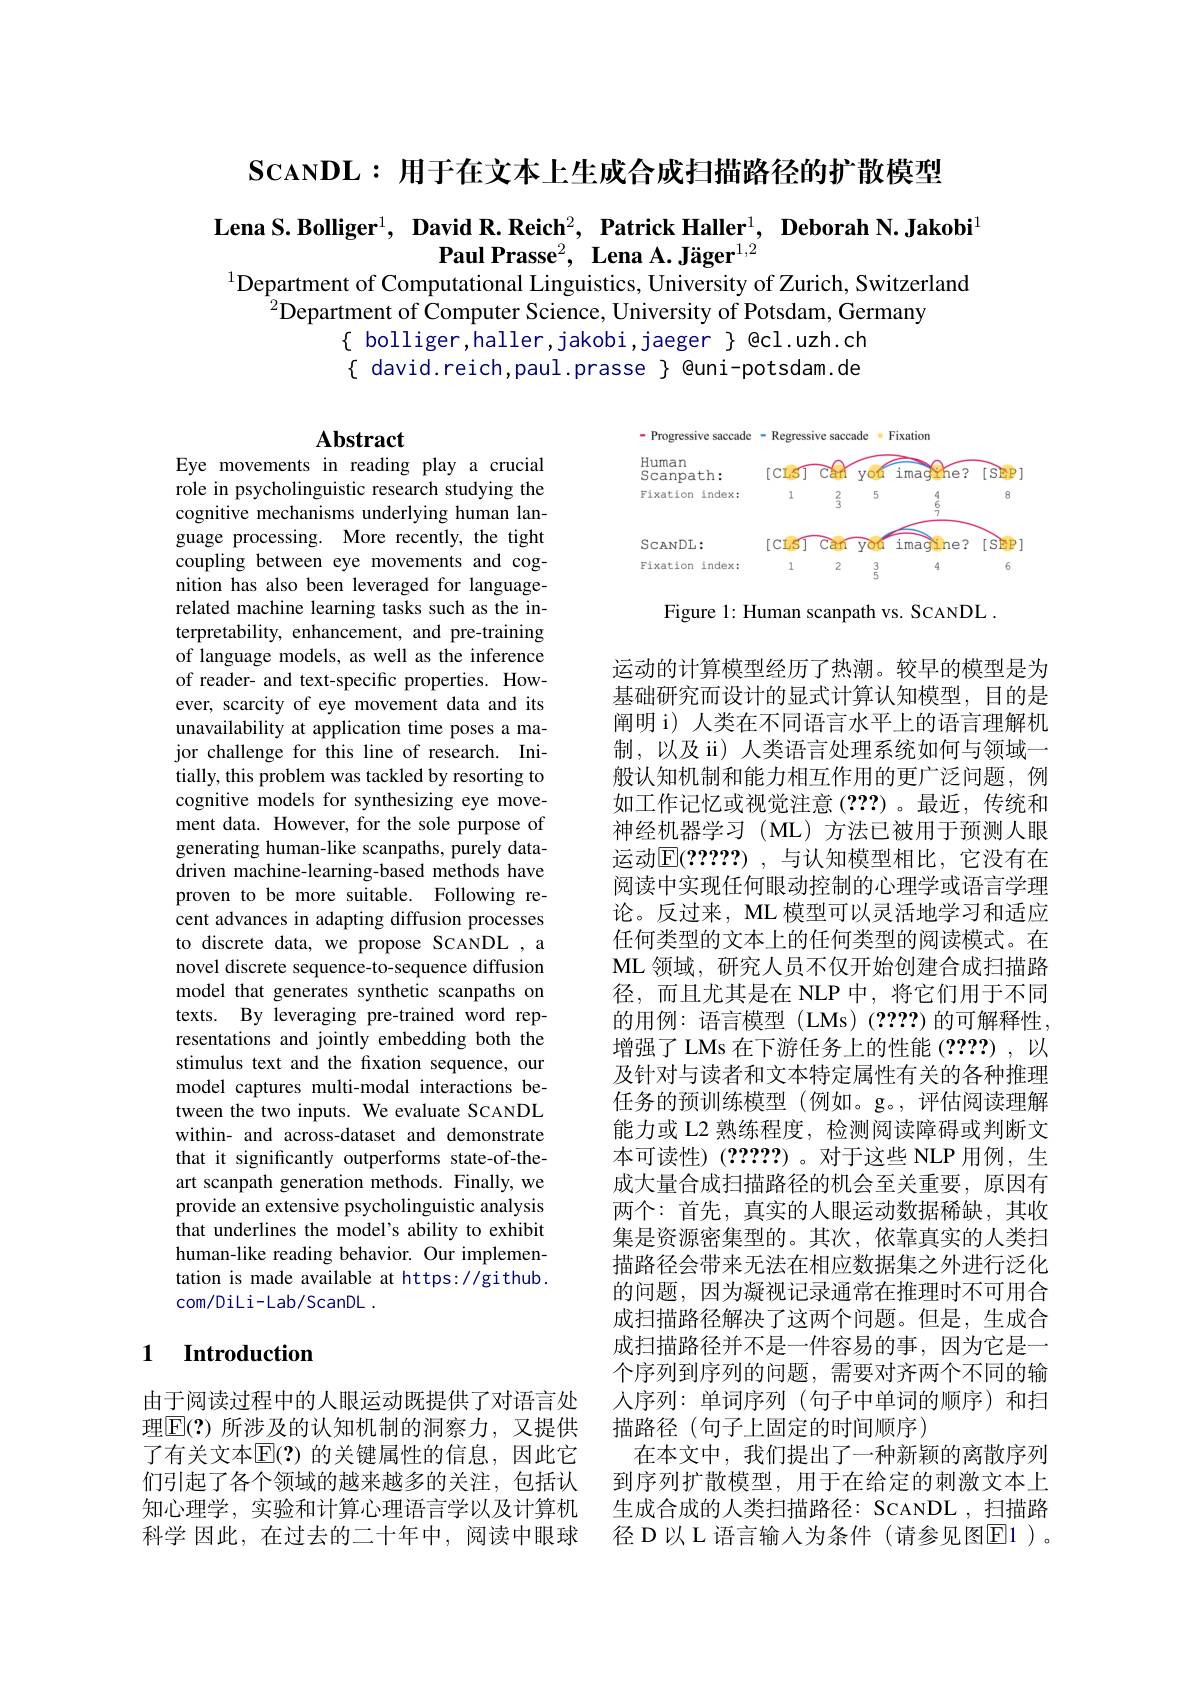
$\mathbf{Sc}\mathbf{ANDL}:$用于在文本上生成合成扫描路径的扩散模型

$\textbf{Lena S. Bolliger}^1,\textbf{ David R. Reich}^2,\textbf{ Patrick Haller}^1,\textbf{ Deborah N.Jakobi}^1$
Paul Prass$e^2$, Lena A. J$\ddot{a}$ge$r^{1, 2}$
$^{1}$Department of Computational Linguistics, University of Zurich, Switzerland

$^{2}$Department of Computer Science, University of Potsdam, Germany
$\{$ bolliger,haller,jakobi,jaeger $\}$ @cl.uzh.ch $\{$ david.reich,paul.prasse $\}$ @uni-potsdam.de

## Abstract

<FigureHere>

Figure 1: Human scanpath vs. SCANDL

Eye movements in reading play a crucial role in psycholinguistic research studying the cognitive mechanisms underlying human language processing. More recently, the tight coupling between eye movements and cognition has also been leveraged for languagerelated machine learning tasks such as the interpretability, enhancement, and pre-training of language models, as well as the inference of reader- and text-specific properties. However, scarcity of eye movement data and its unavailability at application time poses a major challenge for this line of research. Initially, this problem was tackled by resorting to cognitive models for synthesizing eye movement data. However, for the sole purpose of generating human-like scanpaths, purely datadriven machine-learning-based methods have proven to be more suitable. Following recent advances in adapting diffusion processes to discrete data, we propose SCANDL ,a novel discrete sequence-to-sequence diffusion model that generates synthetic scanpaths on texts. By leveraging pre-trained word representations and jointly embedding both the stimulus text and the frxation sequence, our model captures multi-modal interactions between the two inputs. We evaluate SCANDL within- and across-dataset and demonstrate that it significantly outperforms state-of-theart scanpath generation methods. Finally, we provide an extensive psycholinguistic analysis that underlines the model's ability to exhibit human-like reading behavior. Our implementation is made available at https://github. com/DiLi-Lab/ScanDL.

运动的计算模型经历了热潮。较早的模型是为基础研究而设计的显式计算认知模型，目的是阐明 i) 人类在不同语言水平上的语言理解机制，以及 ii)人类语言处理系统如何与领域一般认知机制和能力相互作用的更广泛问题，例如工作记忆或视觉注意(???)。最近，传统和神经机器学习(ML)方法已被用于预测人眼运动$\mathbb{E}(2????)$ ,与认知模型相比，它没有在阅读中实现任何眼动控制的心理学或语言学理论。反过来，ML 模型可以灵活地学习和适应任何类型的文本上的任何类型的阅读模式。在ML 领域，研究人员不仅开始创建合成扫描路径，而且尤其是在 NLP 中，将它们用于不同的用例：语言模型 (LMs) (22???)的可解释性， 增强了 LMs 在下游任务上的性能 (2???),以及针对与读者和文本特定属性有关的各种推理任务的预训练模型(例如。g。,评估阅读理解能力或 L2 熟练程度，检测阅读障碍或判断文本可读性)(2????)。对于这些 NLP 用例，生成大量合成扫描路径的机会至关重要，原因有两个：首先，真实的人眼运动数据稀缺，其收集是资源密集型的。其次，依靠真实的人类扫描路径会带来无法在相应数据集之外进行泛化的问题，因为凝视记录通常在推理时不可用合成扫描路径解决了这两个问题。但是，生成合成扫描路径并不是一件容易的事，因为它是一个序列到序列的问题，需要对齐两个不同的输人序列：单词序列(句子中单词的顺序)和扫描路径(句子上固定的时间顺序)
在本文中，我们提出了一种新颖的离散序列到序列扩散模型，用于在给定的刺激文本上生成合成的人类扫描路径：SCANDL ,扫描路径 D 以 L 语言输入为条件 (请参见图$\overline{\mathrm{E}}1$ )。

### 1 Introduction

由于阅读过程中的人眼运动既提供了对语言处理$\overline{\mathrm{E}}(?)$ 所涉及的认知机制的洞察力，又提供了有关文本$\overline{\mathbb{E}}(?)$ 的关键属性的信息，因此它们引起了各个领域的越来越多的关注，包括认知心理学，实验和计算心理语言学以及计算机科学 因此，在过去的二十年中，阅读中眼球